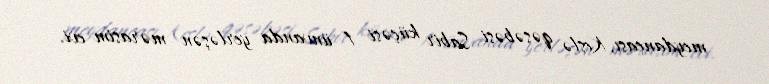
meydançası, Keşlə qəsəbəsi Sabir küçəsi 1 ünvanda yerləşən mərasim evi.